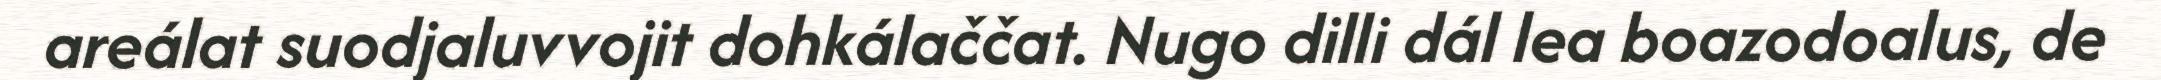
areálat suodjaluvvojit dohkálaččat. Nugo dilli dál lea boazodoalus, de